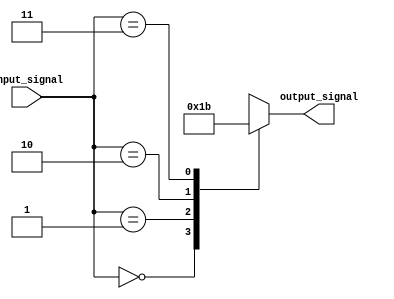
module simple_case_module(
    input [1:0] input_signal,
    output reg [1:0] output_signal
);

always @ (*) begin
    case(input_signal)
        2'b00: output_signal = 2'b00; // Perform action for input '00'
        2'b01: output_signal = 2'b01; // Perform action for input '01'
        2'b10: output_signal = 2'b10; // Perform action for input '10'
        2'b11: output_signal = 2'b11; // Perform action for input '11'
        default: output_signal = 2'b00; // Default action if no match found
    endcase
end

endmodule